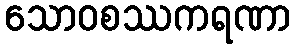
သောဝစဿကရဏာ